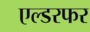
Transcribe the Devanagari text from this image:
एल्डरफर